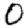
Digit: 0